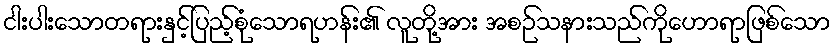
ငါးပါးသောတရားနှင့်ပြည့်စုံသောရဟန်း၏ လူတို့အား အစဉ်သနားသည်ကိုဟောရာဖြစ်သော